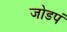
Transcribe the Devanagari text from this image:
जोडपं